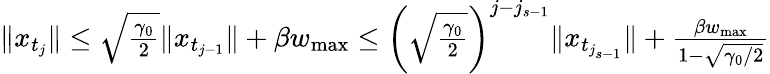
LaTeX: \begin{array}{r}{\| x_{t_{j}}\| \leq\sqrt{\frac{\gamma_{0}}{2}}\| x_{t_{j-1}}\| +\beta w_{\operatorname*{max}}\leq\left(\sqrt{\frac{\gamma_{0}}{2}}\right)^{j-j_{s-1}}\| x_{t_{j_{s-1}}}\| +\frac{\beta w_{\operatorname*{max}}}{1-\sqrt{\gamma_{0}/2}}}\end{array}